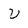
Character: V